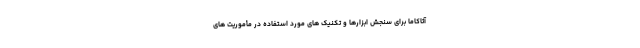
آتاکاما برای سنجش ابزارها و تکنیک های مورد استفاده در مأموریت های